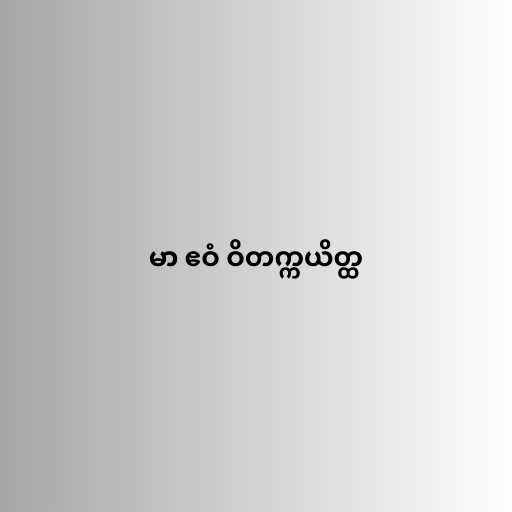
မာ ဧဝံ ဝိတက္ကယိတ္ထ